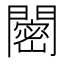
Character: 𬮒